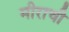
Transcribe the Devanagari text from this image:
मीराची